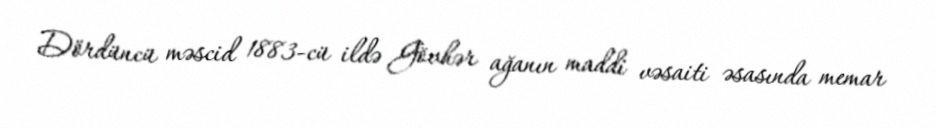
Dördüncü məscid 1883-cü ildə Gövhər ağanın maddi vəsaiti əsasında memar